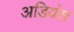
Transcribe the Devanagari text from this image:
अडियंस